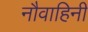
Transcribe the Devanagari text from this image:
नौवाहिनी